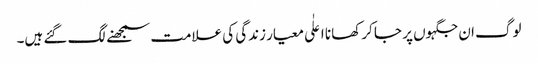
لوگ ان جگہوں پر جا کر کھانا اعلٰی معیار زندگی کی علامت سمجھنے لگ گئے ہیں۔